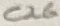
Text: C26